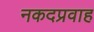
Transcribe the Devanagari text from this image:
नकदप्रवाह